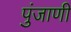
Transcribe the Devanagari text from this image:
पुंजाणी